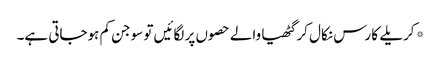
*کریلے کا رس نکال کر گٹھیا والے حصوں پر لگائیں تو سوجن کم ہوجاتی ہے۔